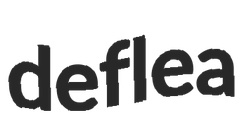
deflea